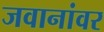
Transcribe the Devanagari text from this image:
जवानांवर